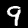
Label: 9